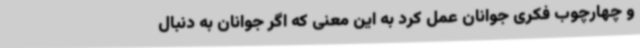
و چهارچوب فکری جوانان عمل کرد به این معنی که اگر جوانان به دنبال